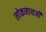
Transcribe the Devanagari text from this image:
लोकनाथजी